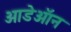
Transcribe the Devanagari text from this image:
ओडेऑन